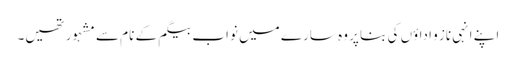
اپنے انہی ناز و اداؤں کی بنا پر وہ سارے میں نواب بیگم کے نام سے مشہور تھیں۔